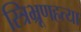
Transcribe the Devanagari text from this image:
स्त्रिभ्रूणहत्या